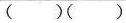
（）（）